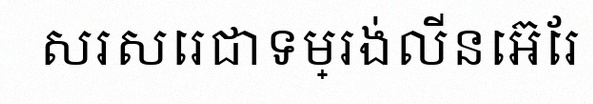
សរសេរជាទម្រង់លីនេអ៊ែរ